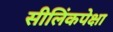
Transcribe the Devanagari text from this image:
सीलिंकपेक्षा